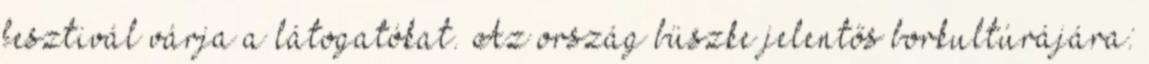
fesztivál várja a látogatókat. Az ország büszke jelentős borkultúrájára: